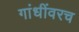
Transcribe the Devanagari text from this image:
गांधींवरच